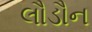
લૌડૌન